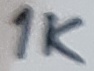
Text: 1K